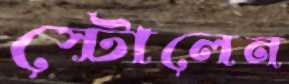
স্টোলেন